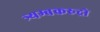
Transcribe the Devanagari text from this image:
त्र्यम्बकरुद्रो